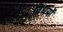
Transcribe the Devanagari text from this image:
विधयों